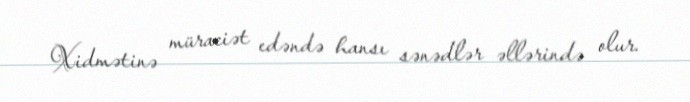
Xidmətinə müraciət edəndə hansı sənədlər əllərində olur.